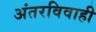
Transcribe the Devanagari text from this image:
अंतरविवाही